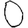
Digit: 0